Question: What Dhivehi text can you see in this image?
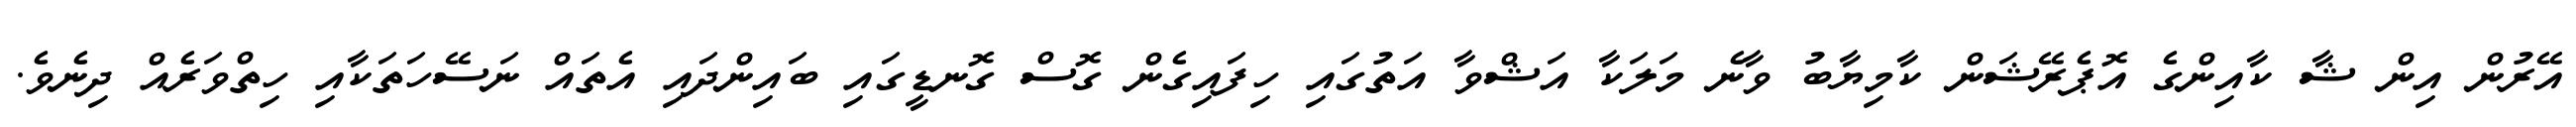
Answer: އޭރުން އިން ޝާ ކާއިންގެ އޮޕެރޭޝަން ކާމިޔާބު ވާނެ މަލަކާ އަޝްވާ އަތުގައި ހިފައިގެން ގޮސް ގޮނޑީގައި ބައިންދައި އެތައް ނަސޭހަތަކާއި ހިތްވަރެއް ދިނެވެ.